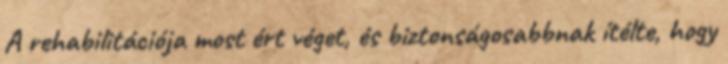
A rehabilitációja most ért véget, és biztonságosabbnak ítélte, hogy